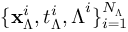
\{ \mathbf { x } _ { \boldsymbol { \Lambda } } ^ { i } , t _ { \boldsymbol { \Lambda } } ^ { i } , { \boldsymbol { \Lambda } } ^ { i } \} _ { i = 1 } ^ { N _ { \boldsymbol { \Lambda } } }